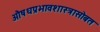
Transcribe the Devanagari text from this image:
औषधप्रभावशास्त्रासोबत